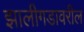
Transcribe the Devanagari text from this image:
झालीगडावरील